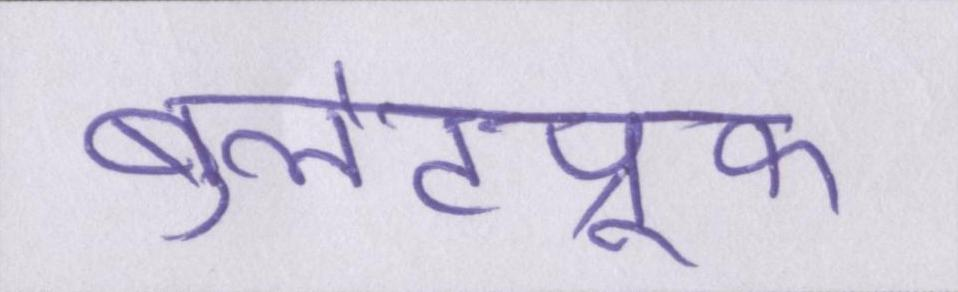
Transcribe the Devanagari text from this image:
बुलेटप्रूफ